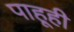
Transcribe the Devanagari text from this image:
पाहूही